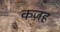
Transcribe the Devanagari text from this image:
कज़ह